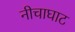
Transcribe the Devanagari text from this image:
नीचाघाट